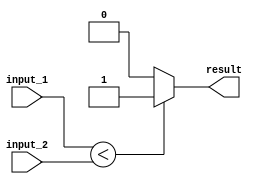
module less_than_comparator (
    input [7:0] input_1,
    input [7:0] input_2,
    output reg result
);

always @* begin
    if (input_1 < input_2) begin
        result = 1;
    end else begin
        result = 0;
    end
end

endmodule